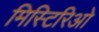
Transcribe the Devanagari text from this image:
मिस्टिरिओ